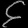
Digit: ၄